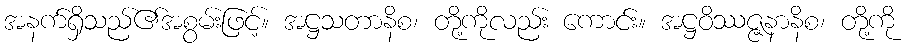
အနက်ရှိသည်၏အစွမ်းဖြင့်။ အဋ္ဌသတာနိစ၊ တို့ကိုလည်း ကောင်း။ အဋ္ဌဝိဿဇ္ဇနာနိစ၊ တို့ကို